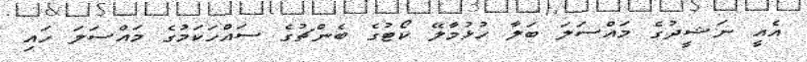
އެއީ ނަޝީދުގެ މައްސަލަ ބަލާ ހުޅުމާލޭ ކޯޓުގެ ބެންޗުގެ ސައްހަކަމުގެ މައްސަލަ ހައި